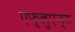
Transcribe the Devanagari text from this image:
एफ़्लुएन्ट